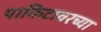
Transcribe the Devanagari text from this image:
पाकिटावरच्या